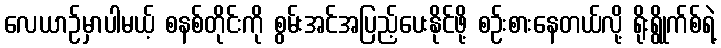
လေယာဉ်မှာပါမယ့် စနစ်တိုင်းကို စွမ်းအင်အပြည့်ပေးနိုင်ဖို့ စဉ်းစားနေတယ်လို့ ရိုးရွိုက်စ်ရဲ့